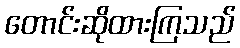
တောင်းဆိုထားကြသည်